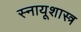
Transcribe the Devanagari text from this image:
स्नायूशास्त्र